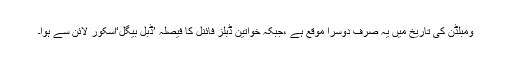
ومبلڈن کی تاریخ میں یہ صرف دوسرا موقع ہے ،جبکہ خواتین ڈبلز فائنل کا فیصلہ ’ڈبل بیگل‘اسکور لائن سے ہوا۔